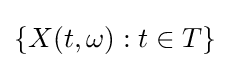
\{X(t,\omega ):t\in T\}